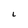
Character: L